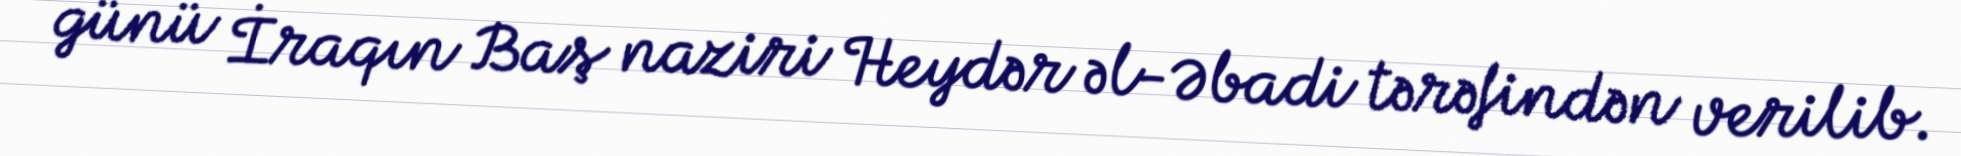
günü İraqın Baş naziri Heydər əl-Əbadi tərəfindən verilib.